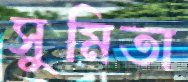
সুমিতা